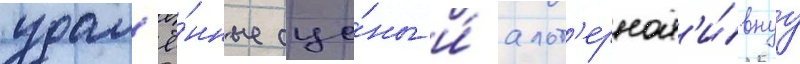
удал'ё́нные сце́ны и́ альт'ернат'и́внуу